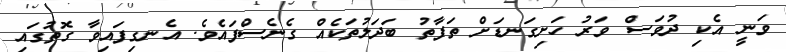
ވަނީ އެކި ދުވަސް ވަރު ހަށިގަނޑަށް ތަފާތު ބަދަލުތަކެއް ގެނެސްފައެވެ. އެނގިފައިވާ ގޮތުގައި